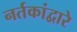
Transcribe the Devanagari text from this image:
नर्तकांद्वारे